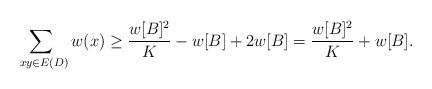
LaTeX: \begin{align*} \sum_{\ xy \in E(D)}w(x) \ge \frac{w[B]^2}K - w[B] + 2w[B]=\frac{w[B]^2}{K} + w[B]. \end{align*}